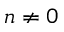
n \neq 0